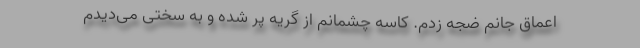
اعماق جانم ضجه زدم. کاسه چشمانم از گریه پُر شده و به سختی می‌دیدم